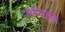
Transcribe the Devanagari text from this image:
टाईफाईड